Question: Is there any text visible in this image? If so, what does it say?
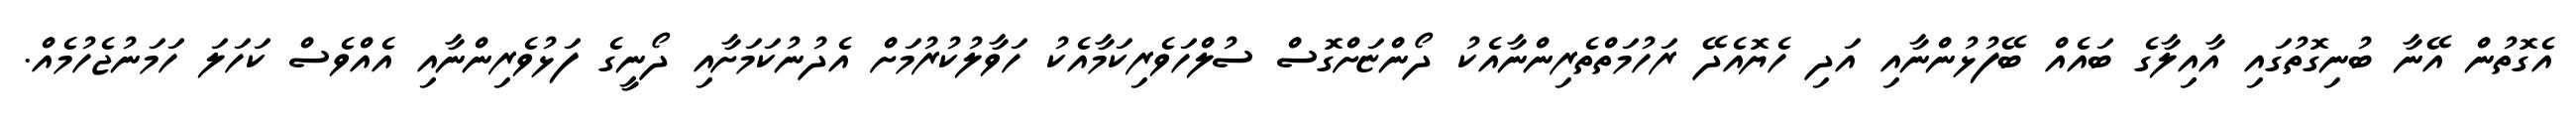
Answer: އެގޮތުން އޭނާ ބުނިގޮތުގައި އާއިލާގެ ބައެއް ބޭފުޅުންނާއި އަދި ހެޔޮއެދޭ ރަހުމަތްތެރިންނާއެކު ދޯންޏަށްގޮސް ސުލްހަވެރިކަމާއެކު ހަވާލުކުރުމަށް އެދުނުކަމަށާއި ދޯނީގެ ފަޅުވެރިންނާއި އެއްވެސް ކަހަލަ ހަމަނުޖެހުމެއް.